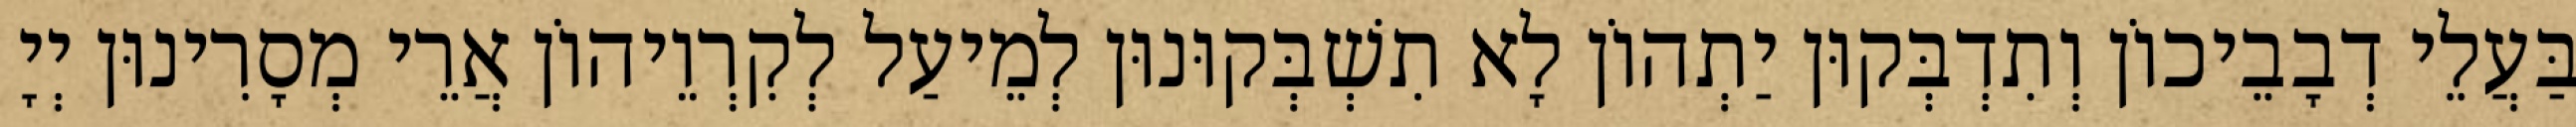
בַּעֲלֵי דְבָבֵיכוֹן וְתִדְבְּקוּן יַתְהוֹן לָא תִשְׁבְּקוּנוּן לְמֵיעַל לְקִרְוֵיהוֹן אֲרֵי מְסָרִינוּן יְיָ